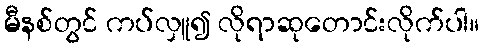
မီနစ်တွင် ကပ်လှူ၍ လိုရာဆုတောင်းလိုက်ပါ။